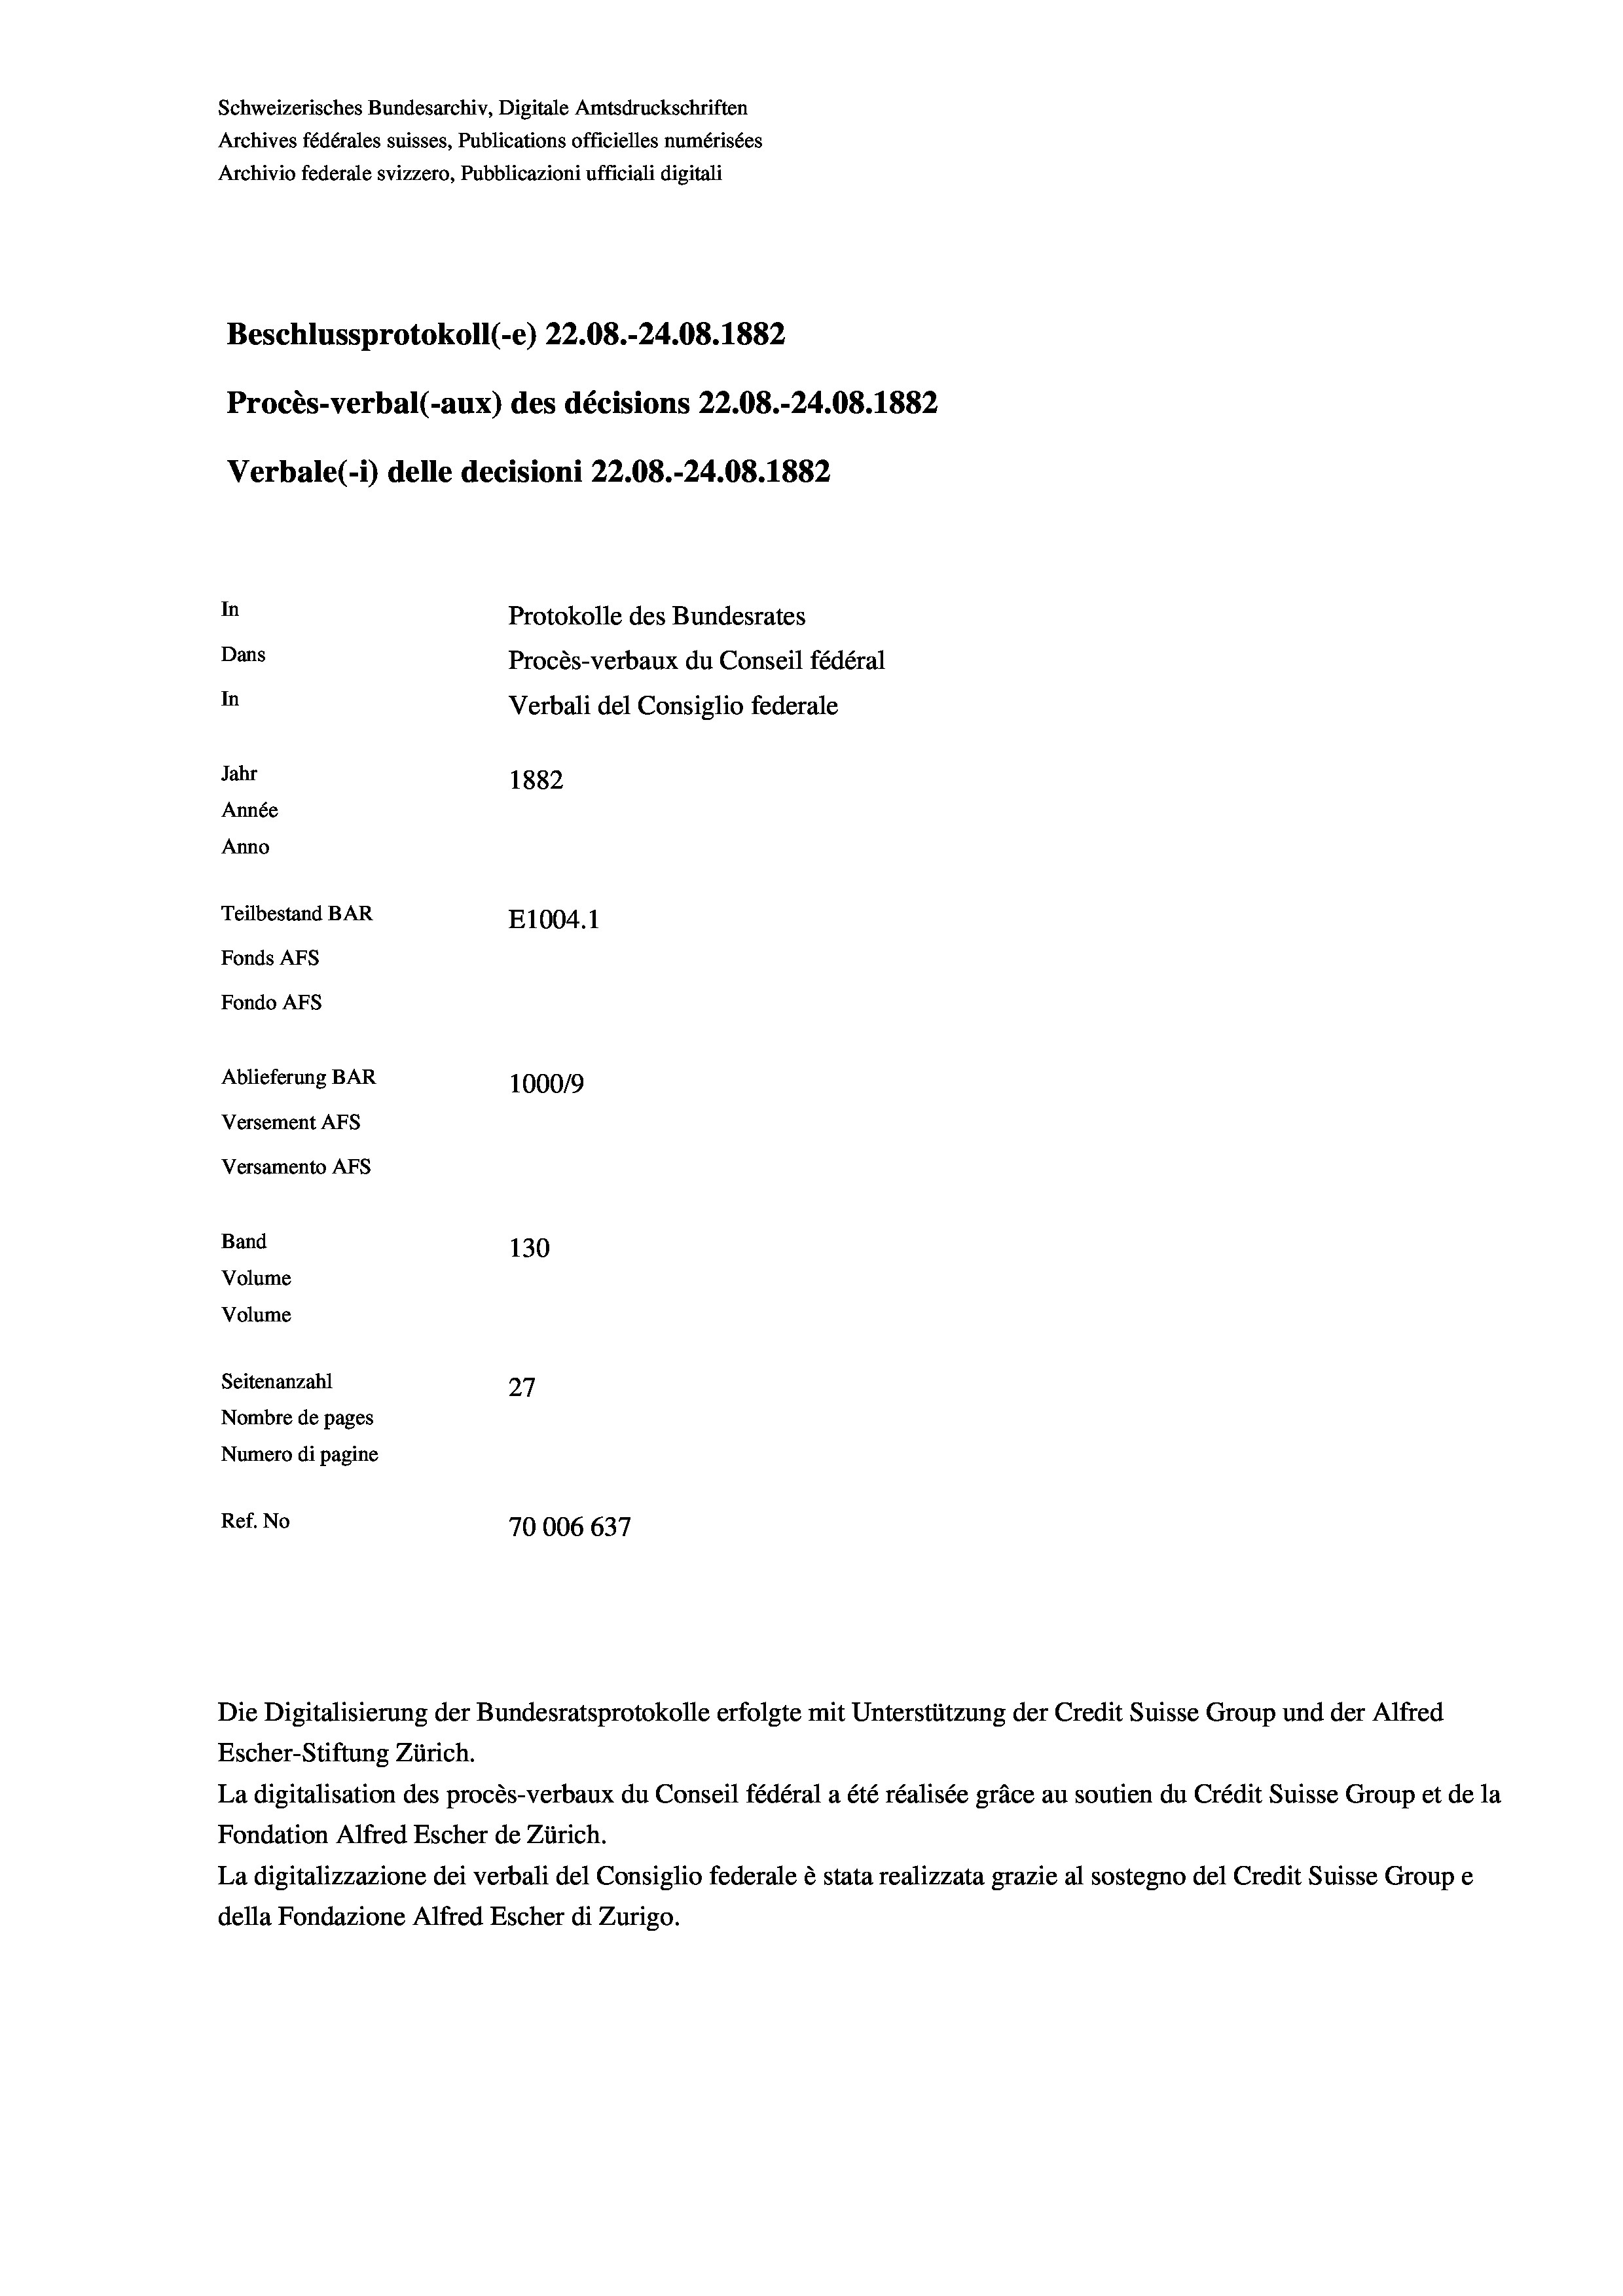
Schweizerisches Bundesarchiv, Digitale Amtsdruckschriften
Archives fédérales suisses, Publications officielles numérisées
Archivio federale svizzero, Pubblicazioni ufficiali digitali
Beschlussprotokoll (-e) 22.08.-24.08. 1882
Procès-verbal (-aux) des décisions 22.08.-24.08. 1882
Verbale (- 1) delle decisioni 22.08.-24.08. 1882
In
Protokolle des Bundesrates
Dans
Procès-verbaux du Conseil fédéral
In
Verbali del Consiglio federale
Jahr
1882
Année
Anno
Teilbestand BAR
E1004. 1
Fonds AFs
Fondo Afs
Ablieferung BAR
100019
Versement AFs
Versamento Afs
Band
130
Volume
Volume

Seitenanzahl
27
Nombre de pages
Numero di pagine
Ref. No
70006 637

Die Digitalisierung der Bundesratsprotokolle erfolgte mit Unterstützung der Credit Suisse Group und der Alfred
Escher-Stiftung Zürich.
La digitalisation des procès-verbaux du Conseil fédéral a été réalisée gräce au soutien du Crédit Suisse Group et de la
Fondation Alfred Escher de Zürich.
La digitalizzazione dei verbali del Consiglio federale è stata realizzata grazie al sostegno del Credit Suisse Groupe
della Fondazione Alfred Escher di Zurigo.